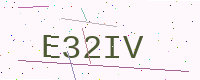
Text: E32IV